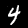
Label: 4